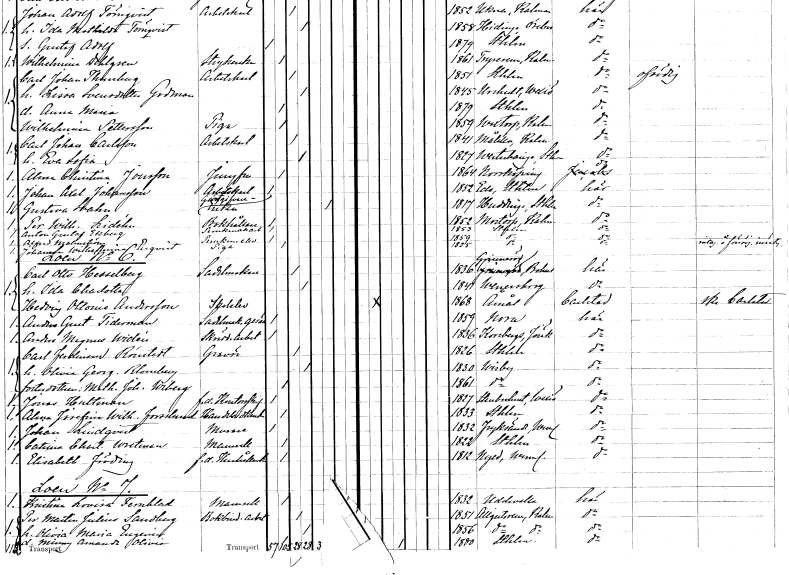
gt_parse: households: individuals: FN: Alma Christina
EN: Jonsson
YRKE: Jungfru
KON: K
CIV: O
FODAR: 1864
FODFORS: Norrköping Östergötlands län
FN: Johan Axel
EN: Johansson
YRKE: Arbetskarl
KON: M
CIV: O
FODAR: 1852
FODFORS: Ed Stockholms län
FN: Gustava
EN: Svahn
YRKE: Gästgivareänka
KON: K
CIV: E
FODAR: 1817
FODFORS: Huddinge Stockholms län
FN: Per Wilhelm
EN: Lidéhn
YRKE: Bokhållare
KON: M
CIV: O
FODAR: 1852
FODFORS: Mortorp Kalmar län
FN: Anton Gustaf
EN: Ekberg
YRKE: Perukmakeriarbetare
KON: M
CIV: O
FODAR: 1853
FODFORS: Stockholm
FN: Alfred
EN: Malmström
YRKE: Perukmakareelev
KON: M
CIV: O
FODAR: 1859
FODFORS: Stockholm
FN: Johanna Wilhelmina
EN: Enqvist
YRKE: Piga
KON: K
CIV: O
FODAR: 1825
FODFORS: Stockholm
FN: Carl Otto
EN: Hesselberg
YRKE: Sadelmakare
KON: M
CIV: G
FODAR: 1836
FODFORS: Grinneröd Göteborgs- och Bohuslän
FN: Ida Charlotta
KON: K
CIV: G
FODAR: 1841
FODFORS: Vänersborg Älvsborgs län
FN: Hedvig Ottonie
EN: Andersson
YRKE: Skolelev
KON: K
CIV: O
FODAR: 1868
FODFORS: Åmål Älvsborgs län
FN: Anders Gustaf
EN: Tiderman
YRKE: Sadelmakaregesäll
KON: M
CIV: O
FODAR: 1859
FODFORS: Nora Örebro län
FN: Anders Magnus
EN: Widén
YRKE: Skrädderiarbetare
KON: M
CIV: O
FODAR: 1836
FODFORS: Korsberga Jönköpings län
FN: Carl Ferdinand
EN: Rönstedt
YRKE: Gravör
KON: M
CIV: G
FODAR: 1826
FODFORS: Stockholm
FN: Olivia Georgina
EN: Blomberg
KON: K
CIV: G
FODAR: 1830
FODFORS: Visby Gotlands län
FN: Mathilda Johanna
EN: Wiberg
KON: K
CIV: O
FODAR: 1861
FODFORS: Visby Gotlands län
FN: Jonas
EN: Hultman
YRKE: Kontorsskrivare f.d.
KON: M
CIV: O
FODAR: 1827
FODFORS: Stenbrohult Kronobergs län
FN: Alma Josefina Wilhelmina
EN: Forsslund
YRKE: Handelsidkerska
KON: K
CIV: O
FODAR: 1833
FODFORS: Stockholm
FN: Johan
EN: Lindqvist
YRKE: Murare
KON: M
CIV: O
FODAR: 1832
FODFORS: Fryksände Värmlands län
FN: Catrina Charlotta
EN: Wretman
KON: K
CIV: O
FODAR: 1822
FODFORS: Stockholm
FN: Elisabeth
EN: Fröding
YRKE: Hushållerska f.d.
KON: K
CIV: O
FODAR: 1812
FODFORS: Nyed Värmlands län
FN: Kristina Lovisa
EN: Fernblad
KON: K
CIV: O
FODAR: 1832
FODFORS: Uddevalla Göteborgs- och Bohuslän
FN: Per Martin Julius
EN: Sandberg
YRKE: Bokbinderiarbetare
KON: M
CIV: G
FODAR: 1851
FODFORS: Algutsrum Kalmar län
FN: Olivia Maria Eugenia
KON: K
CIV: G
FODAR: 1856
FODFORS: Algutsrum Kalmar län
FN: Minny Amanda Olivia
KON: K
CIV: O
FODAR: 1880
FODFORS: Stockholm